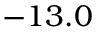
- 1 3 . 0